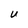
Character: U